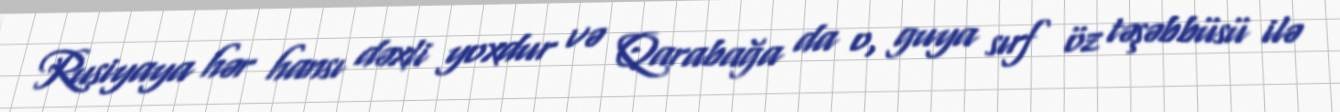
Rusiyaya hər hansı dəxli yoxdur və Qarabağa da o, guya sırf öz təşəbbüsü ilə